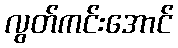
လွတ်ကင်းအောင်